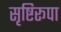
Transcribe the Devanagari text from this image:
सृष्टिरूपा